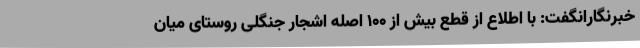
خبرنگارانگفت: با اطلاع از قطع بیش از 100 اصله اشجار جنگلی روستای میان